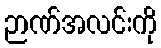
ဉာဏ်အလင်းကို